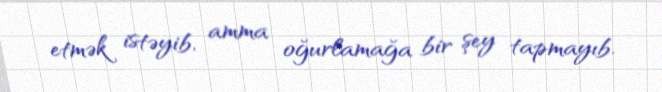
etmək istəyib, amma oğurlamağa bir şey tapmayıb.